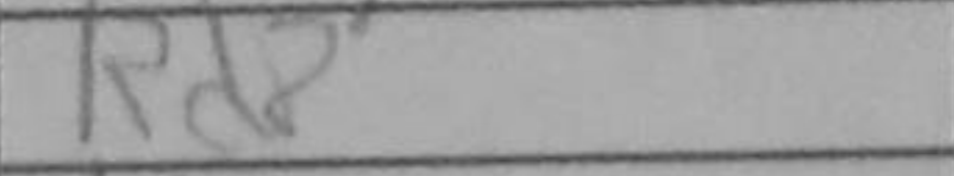
Transcription: Rd8